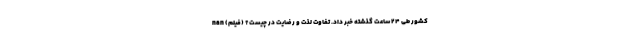
کشور طی ۲۴ ساعت گذشته خبر داد. تفاوت لذت و رضایت در چیست؟ (فیلم) nan